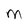
Character: M